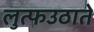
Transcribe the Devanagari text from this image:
लुत्फउठाते